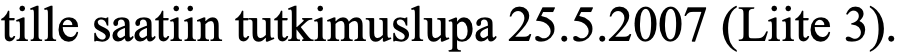
tille saatiin tutkimuslupa 25.5.2007 (Liite 3).